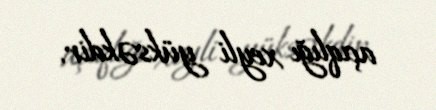
açıqlığı xeyli yüksəkdir.